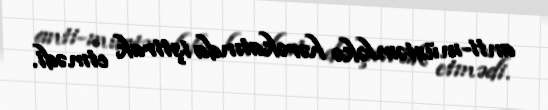
anti-müstəmləkə hərəkatında iştirak etmədi.